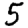
Digit: 5